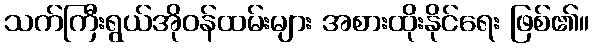
သက်ကြီးရွယ်အိုဝန်ထမ်းများ အစားထိုးနိုင်ရေး ဖြစ်၏။